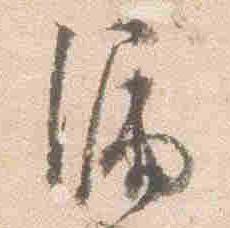
漏